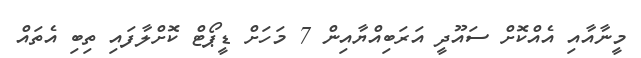
މީނާއާއި އެއްކޮށް ސައޫދީ އަރަބިއްޔާއިން 7 މަހަށް ޑީޕޯޓް ކޮށްލާފައި ތިބި އެތައް